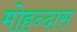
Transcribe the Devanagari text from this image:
मोहन्दास